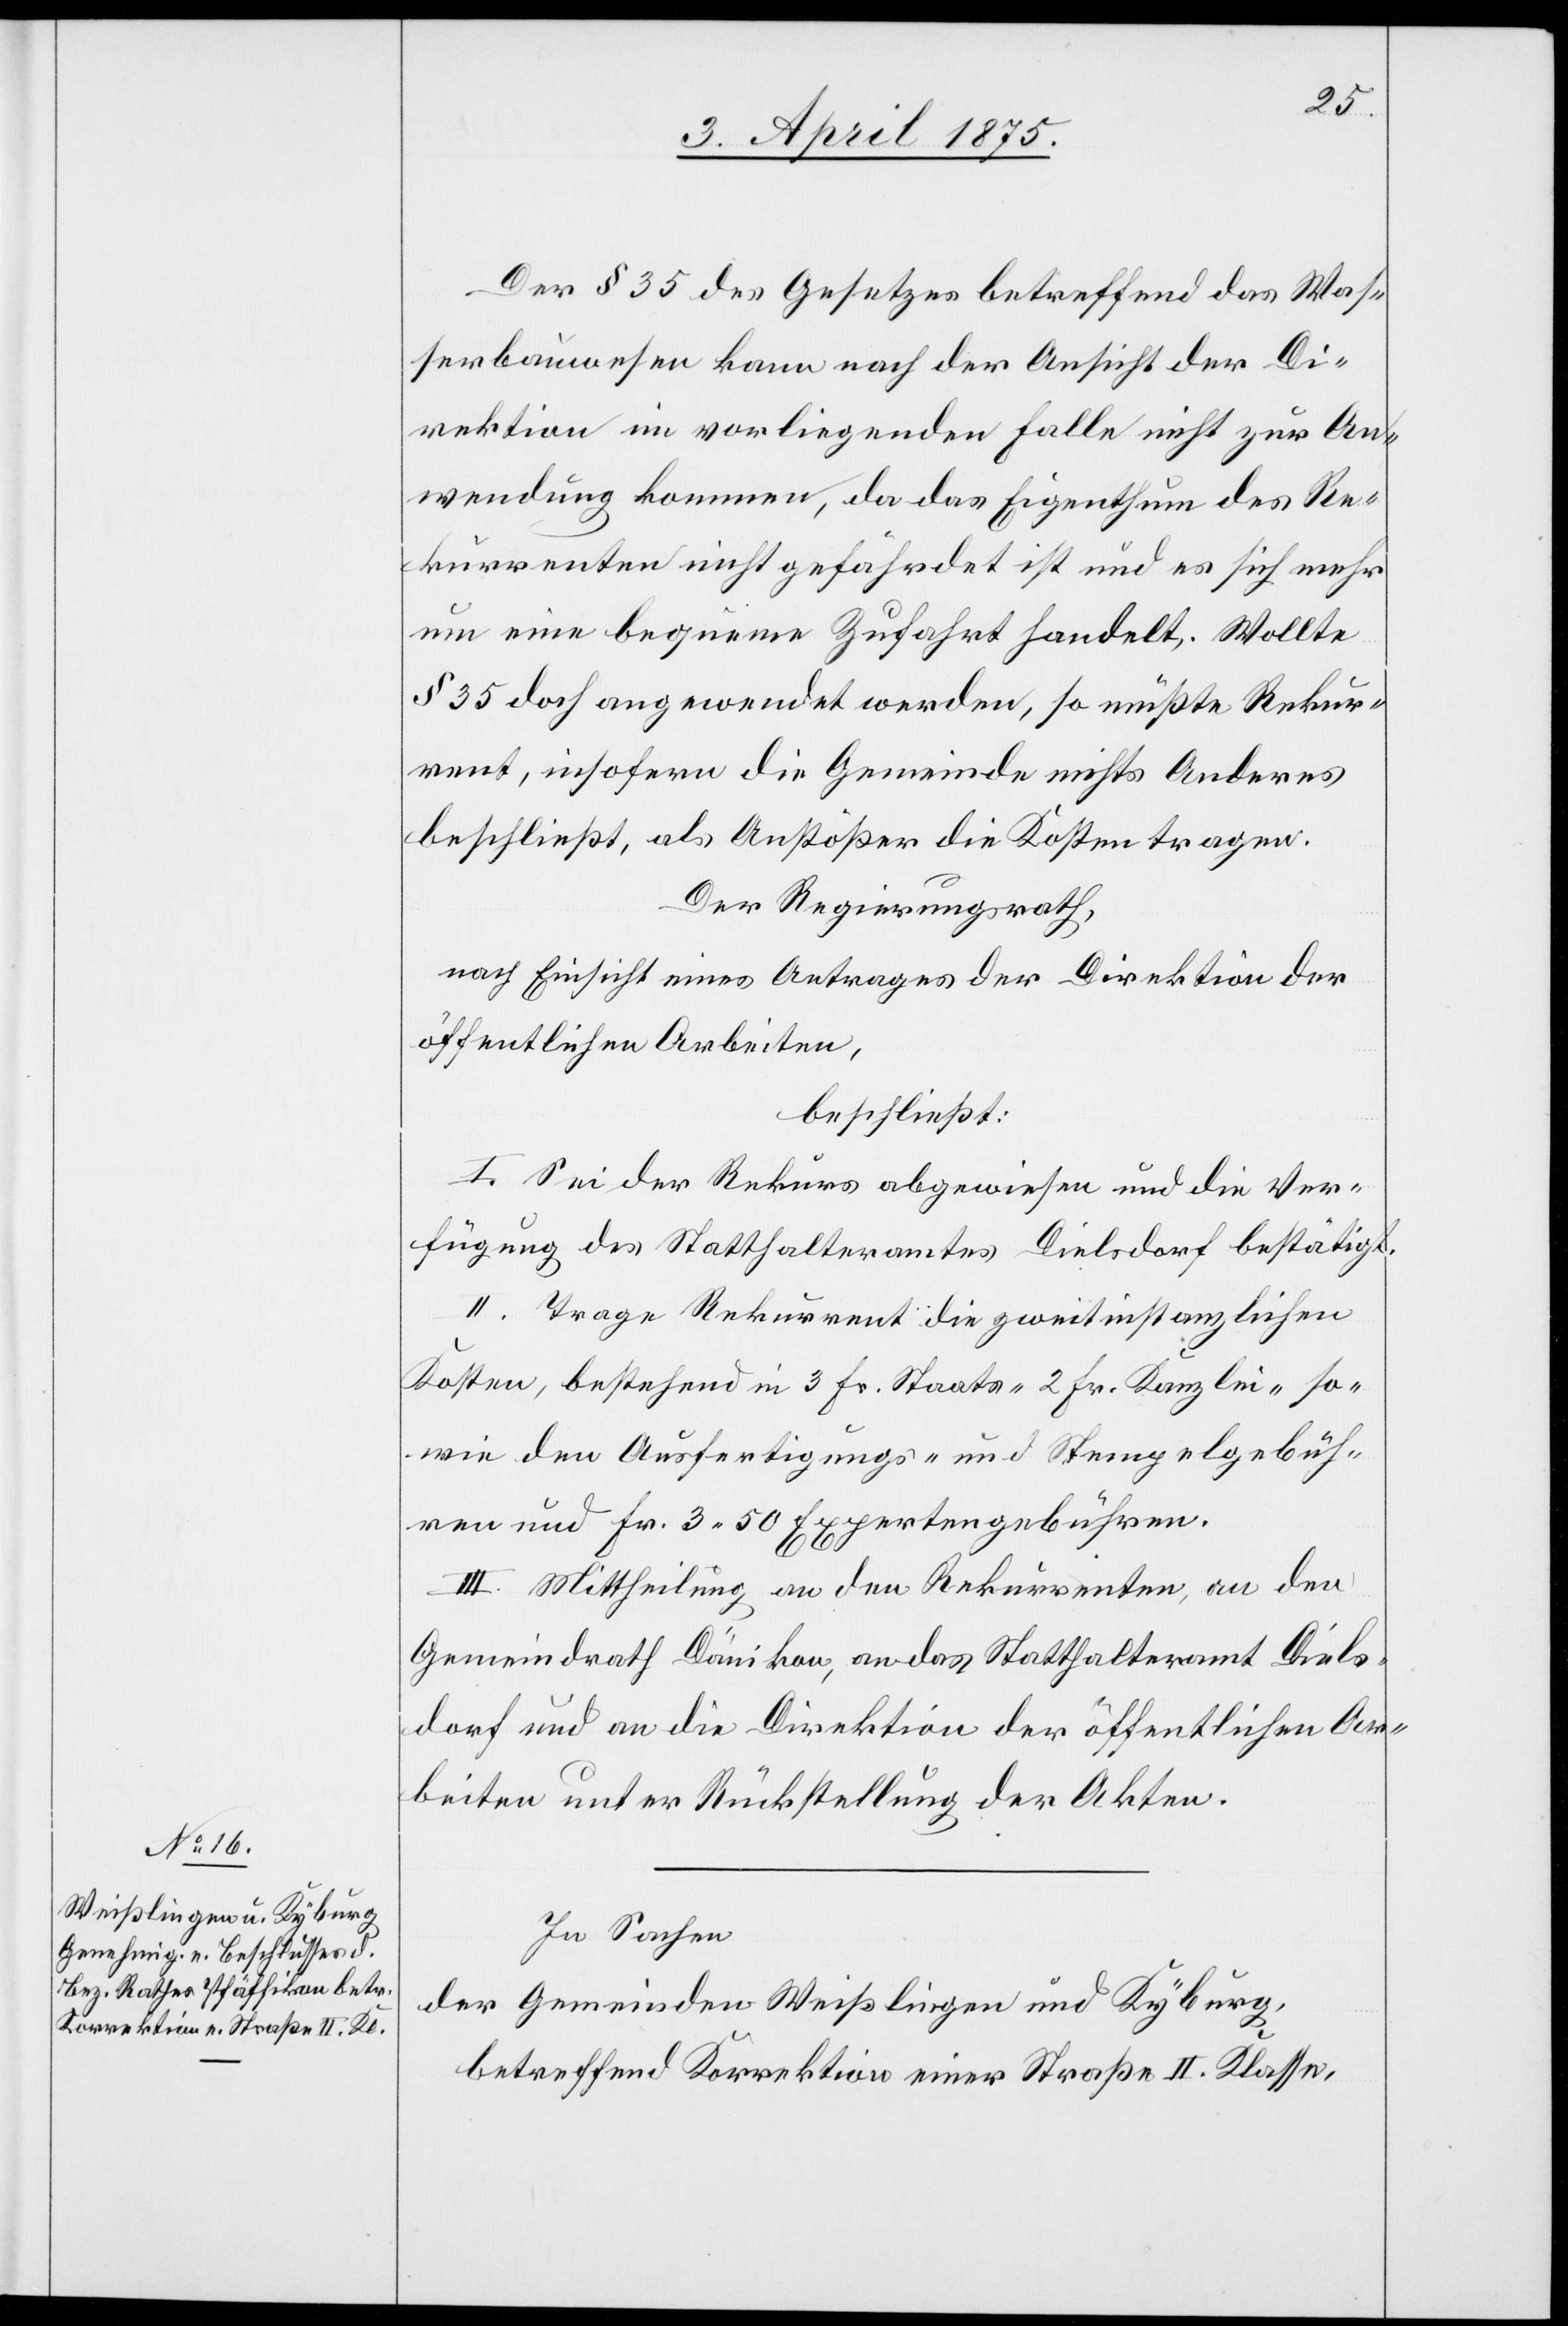
Der § 35 des Gesetzes betreffend das Was¬
serbauwesen kann nach der Ansicht der Di¬
rektion im vorliegenden Falle nicht zur An¬
wendung kommen, da das Eigenthum des Re¬
kurrenten nicht gefährdet ist und es sich mehr
um eine bequeme Zufahrt handelt; Wollte
§ 35 doch angewendet werden, so müßte Rekur¬
rent, insofern die Gemeinde nichts Anderes
beschließt, als Anstößer die Kosten tragen.
Der Regierungsrath,
nach Einsicht eines Antrages der Direktion der
öffentlichen Arbeiten,
beschließt:
I. Sei der Rekurs abgewiesen und die Ver¬
fügung des Statthalteramtes Dielsdorf bestätigt.
II. Trage Rekurrent die zweitinstanzlichen
Kosten, betreffend 3 Fr. Staats- 2 Fr. Kanzlei- so¬
wie den Ausfertigungs- und Stempelgebüh¬
ren und Fr. 3 50 Expertengebühren.
III. Mittheilung an den Rekurrenten, an den
Gemeindrath Dänikon, an das Statthalteramt Diels¬
dorf und an die Direktion der öffentlichen Ar¬
beiten unter Rückstellung der Akten.
In Sachen
der Gemeinden Weißlingen und Kyburg,
betreffend Korrektion einer Straße II. Klasse,